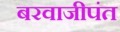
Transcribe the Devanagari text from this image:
बरवाजीपंत